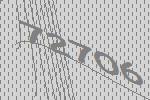
72706